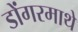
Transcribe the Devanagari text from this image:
डोंगरमाथे